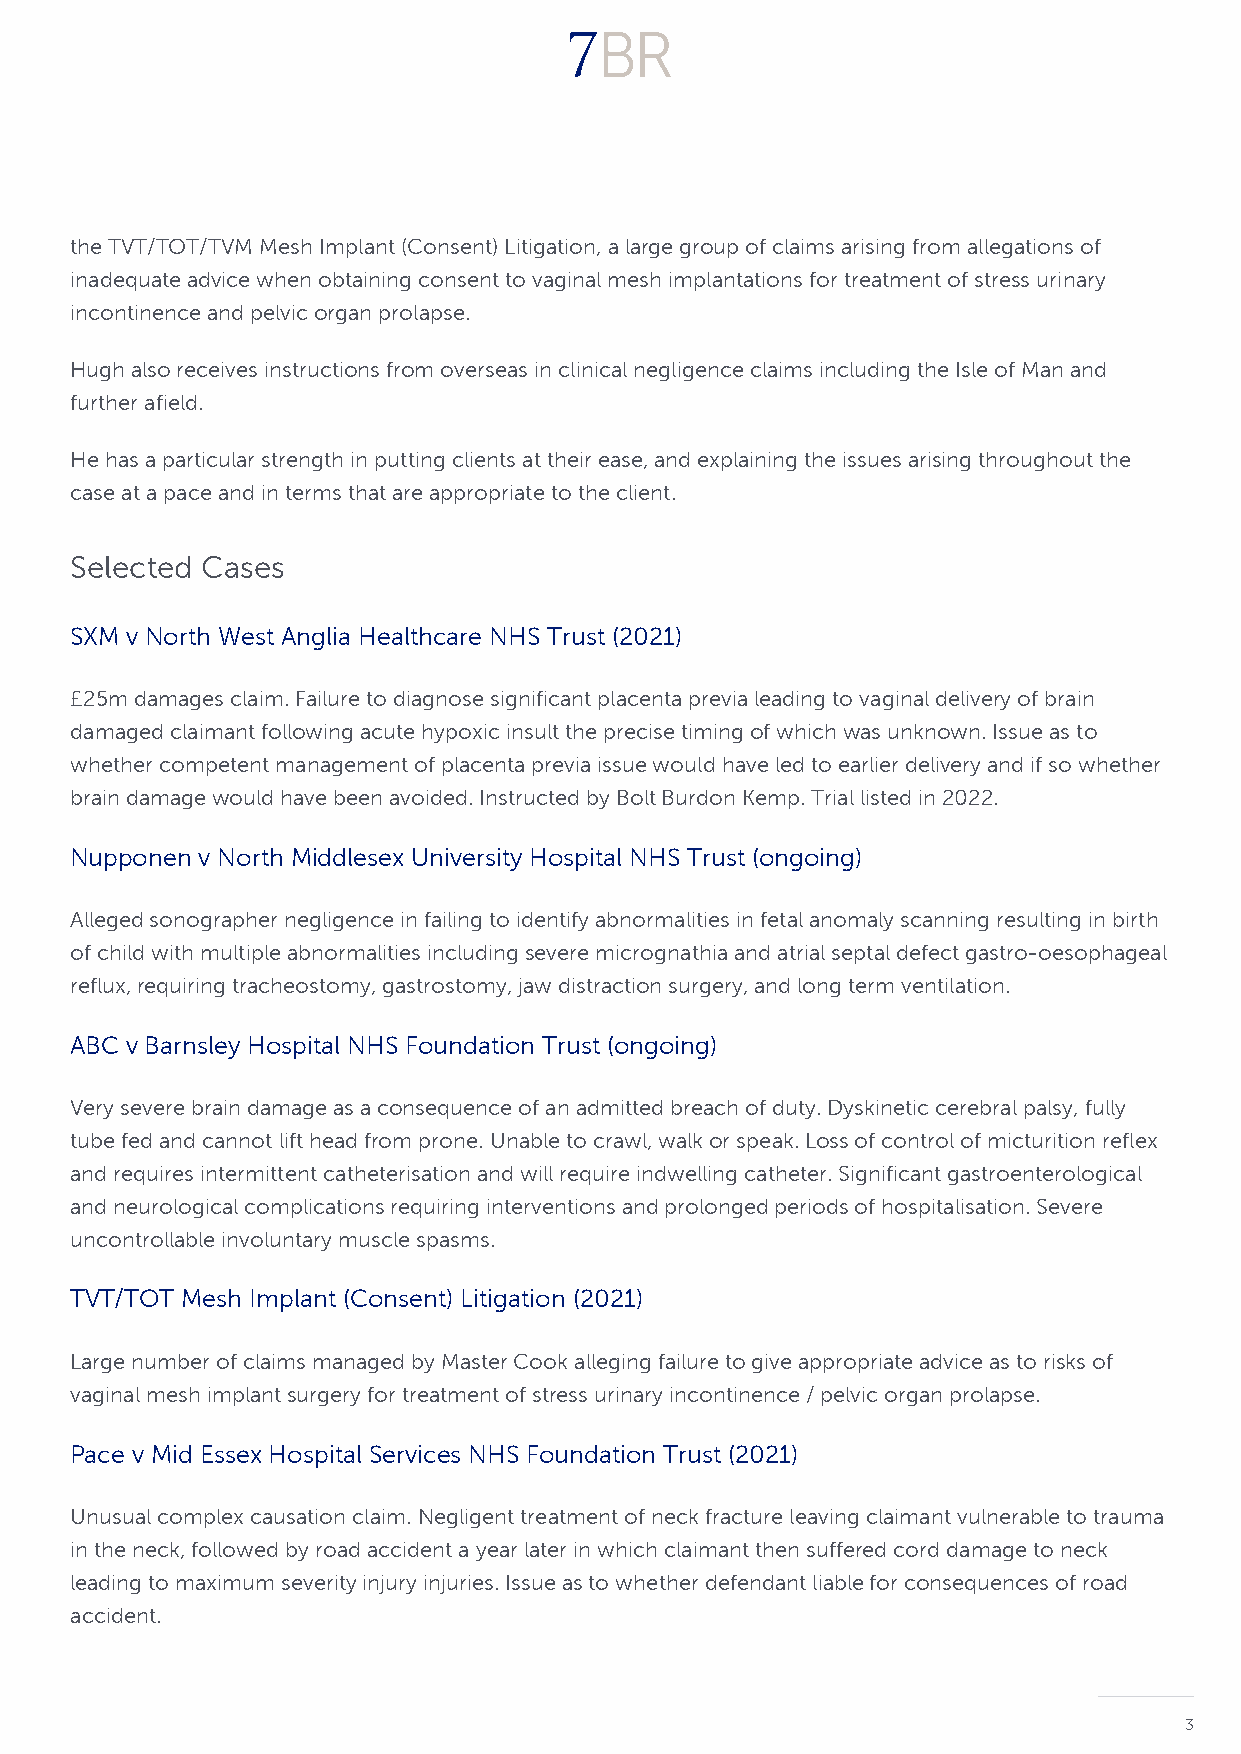
the TVT/TOT/TVM Mesh Implant (Consent) Litigation, a large group of claims arising from allegations of
 inadequate advice when obtaining consent to vaginal mesh implantations for treatment of stress urinary
 incontinence and pelvic organ prolapse.
 Hugh also receives instructions from overseas in clinical negligence claims including the Isle of Man and
 further afield.
 He has a particular strength in putting clients at their ease, and explaining the issues arising throughout the
 case at a pace and in terms that are appropriate to the client.
 Selected Cases
 SXM v North West Anglia Healthcare NHS Trust (2021)
 £25m damages claim. Failure to diagnose significant placenta previa leading to vaginal delivery of brain
 damaged claimant following acute hypoxic insult the precise timing of which was unknown. Issue as to
 whether competent management of placenta previa issue would have led to earlier delivery and if so whether
 brain damage would have been avoided. Instructed by Bolt Burdon Kemp. Trial listed in 2022.
 Nupponen v North Middlesex University Hospital NHS Trust (ongoing)
 Alleged sonographer negligence in failing to identify abnormalities in fetal anomaly scanning resulting in birth
 of child with multiple abnormalities including severe micrognathia and atrial septal defect gastro-oesophageal
 reflux, requiring tracheostomy, gastrostomy, jaw distraction surgery, and long term ventilation.
 ABC v Barnsley Hospital NHS Foundation Trust (ongoing)
 Very severe brain damage as a consequence of an admitted breach of duty. Dyskinetic cerebral palsy, fully
 tube fed and cannot lift head from prone. Unable to crawl, walk or speak. Loss of control of micturition reflex
 and requires intermittent catheterisation and will require indwelling catheter. Significant gastroenterological
 and neurological complications requiring interventions and prolonged periods of hospitalisation. Severe
 uncontrollable involuntary muscle spasms.
 TVT/TOT Mesh Implant (Consent) Litigation (2021)
 Large number of claims managed by Master Cook alleging failure to give appropriate advice as to risks of
 vaginal mesh implant surgery for treatment of stress urinary incontinence / pelvic organ prolapse.
 Pace v Mid Essex Hospital Services NHS Foundation Trust (2021)
 Unusual complex causation claim. Negligent treatment of neck fracture leaving claimant vulnerable to trauma
 in the neck, followed by road accident a year later in which claimant then suffered cord damage to neck
 leading to maximum severity injury injuries. Issue as to whether defendant liable for consequences of road
 accident.
 3